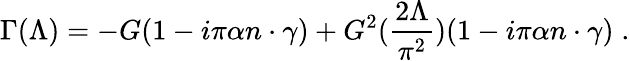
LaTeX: \Gamma(\Lambda)=-G(1-i\pi\alpha n\cdot\gamma)+G^{2}(\frac{2\Lambda}{\pi^{2}})(1-i\pi\alpha n\cdot\gamma)\; .